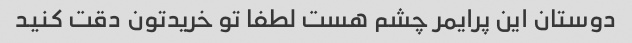
دوستان این پرایمر چشم هست لطفا تو خریدتون دقت کنید